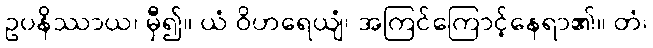
ဥပနိဿာယ၊ မှီ၍။ ယံ ဝိဟရေယျံ၊ အကြင်ကြောင့်နေရာ၏။ တံ၊